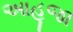
આહૂજા